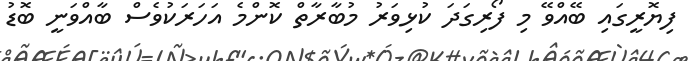
ފިޔޮރީގައި ބޭއްވޭ މި ފޯރިގަދަ ކުޅިވަރު މުބާރާތް ކޮންމެ އަހަރަކުވެސް ބާއްވަނީ ބޮޑު